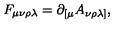
F _ { \mu \nu \rho \lambda } = \partial _ { [ \mu } A _ { \nu \rho \lambda ] } ,